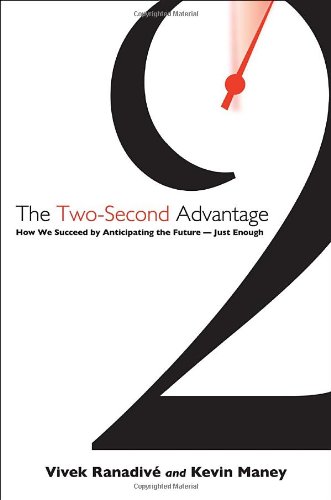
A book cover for The Two-Second Advantage: How We Succeed by Anticipating the Future--Just Enough; Vivek Ranadive; Business & Money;